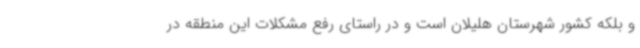
و بلکه کشور شهرستان هلیلان است و در راستای رفع مشکلات این منطقه در